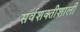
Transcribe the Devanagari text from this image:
सर्वशक्तीशाली